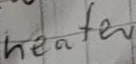
Text: heater